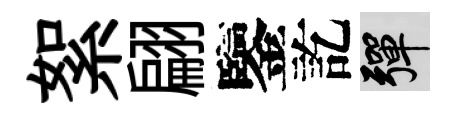
絮翩鑒訖彈